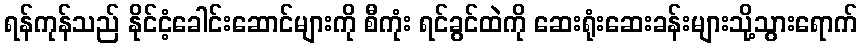
ရန်ကုန်သည် နိုင်ငံ့ခေါင်းဆောင်များကို စီကုံး ရင်ခွင်ထဲကို ဆေးရုံးဆေးခန်းများသို့သွားရောက်